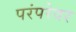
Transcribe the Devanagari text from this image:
परंपरेवर